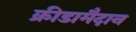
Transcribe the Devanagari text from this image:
क्रीडामैदान